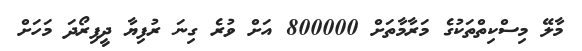
މާލޭ މިސްކިތްތަކުގެ މަރާމާތަށް 800000 އަށް ވުރެ ގިނަ ރުފިޔާ ދީފިރޯދަ މަހަށް